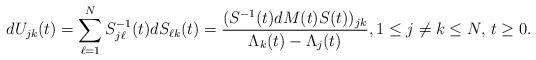
LaTeX: \begin{align*}dU_{jk}(t)=\sum_{\ell=1}^N S^{-1}_{j \ell}(t) dS_{\ell k}(t) = \dfrac{(S^{-1}(t)dM(t)S(t))_{jk}}{\Lambda_k(t)-\Lambda_j(t)},1 \leq j \not= k \leq N, \, t \geq 0.\end{align*}